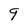
Character: q